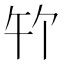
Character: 𪟳